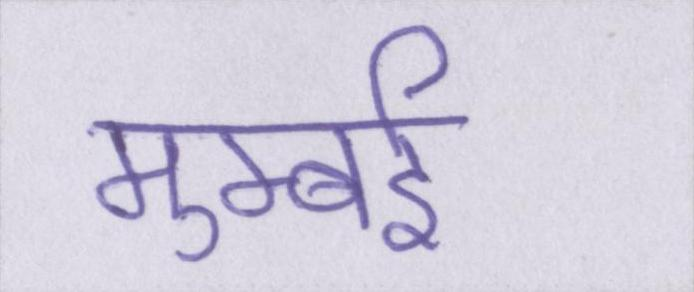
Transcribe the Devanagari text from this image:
मुम्बई